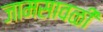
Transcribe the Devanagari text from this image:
जामसावळी